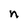
Character: n